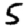
Digit: 5